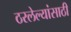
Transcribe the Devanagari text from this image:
ठरलेल्यांसाठी